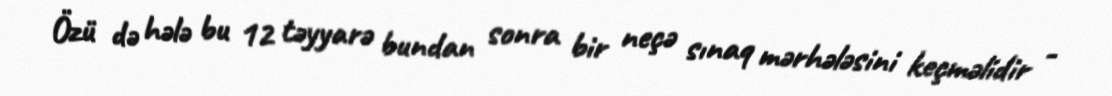
Özü də hələ bu 12 təyyarə bundan sonra bir neçə sınaq mərhələsini keçməlidir -